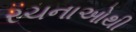
રચનાઓથી